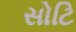
સોટિ